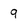
Character: 9